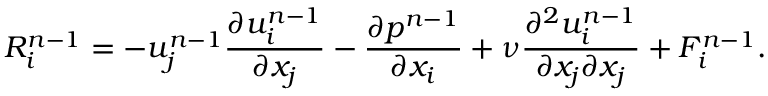
R _ { i } ^ { n - 1 } = - u _ { j } ^ { n - 1 } \frac { \partial u _ { i } ^ { n - 1 } } { \partial x _ { j } } - \frac { \partial p ^ { n - 1 } } { \partial x _ { i } } + \nu \frac { \partial ^ { 2 } u _ { i } ^ { n - 1 } } { \partial x _ { j } \partial x _ { j } } + F _ { i } ^ { n - 1 } .